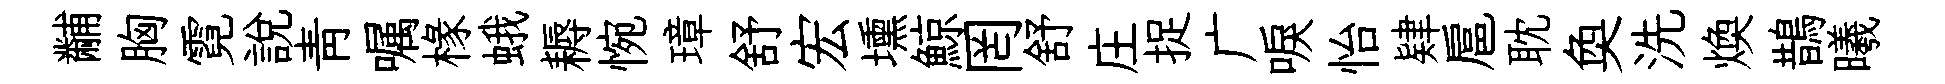
黼胸霓說青嘱椽蛾耨惋璋舒宏壎鯨罔舒庄捉广唳怡肄扈耽奐洗煥鵲曦